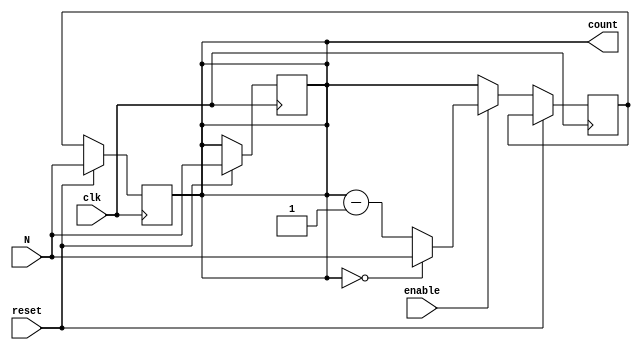
module ModuloN_Down_Counter (
    input wire clk,           // System clock input
    input wire enable,        // Enable signal
    input wire reset,         // Reset signal
    input wire [7:0] N,       // Preset value N
    output reg [7:0] count    // Counter value output
);

reg [7:0] next_count;

always @(posedge clk) begin
    if (reset) begin
        count <= N;
    end else begin
        if (enable) begin
            if (count == 8'b00000000) begin
                next_count <= N;
            end else begin
                next_count <= count - 1;
            end
        end else begin
            next_count <= count;
        end
    end
end

always @(posedge clk) begin
    if (reset) begin
        count <= N;
    end else begin
        count <= next_count;
    end
end

endmodule